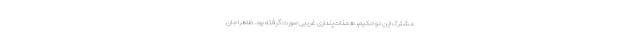
مشترک این دو حکیم، همذات‌پنداری غریبی صورت گرفته بود. ظاهراً جان‌